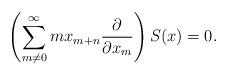
LaTeX: \begin{align*}\left( \sum_{m\neq 0}^\infty {m x_{m+n}{\partial\over\partial x_m }}\right) S(x)=0. \end{align*}